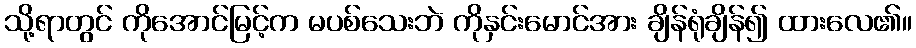
သို့ရာတွင် ကိုအောင်မြင့်က မပစ်သေးဘဲ ကိုနှင်းမောင်အား ချိန်ရုံချိန်၍ ထားလေ၏။